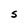
Character: S